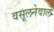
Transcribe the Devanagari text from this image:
वसूलनेवाले